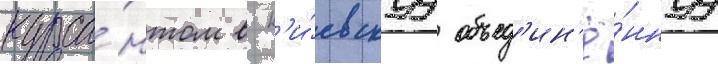
курса́нтом в к'и́евскуу объед'ин'ё́ннуу